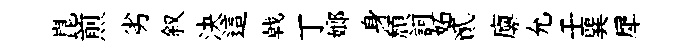
崑煎劣叙決這㦸丁嫏身頽訶妬貳廪允壬巽犀